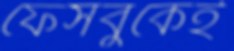
ফেসবুকেই